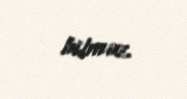
bilməz.